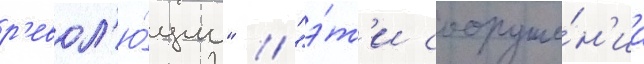
р'евол'ю́ции" // "э́т'и сооруже́н'иа